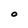
Character: O